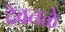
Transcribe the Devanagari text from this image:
देवतळे